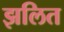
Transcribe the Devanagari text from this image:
झलित